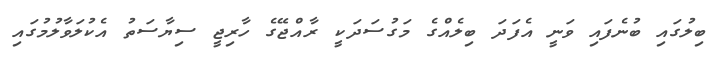
ބިލުގައި ބުނެފައި ވަނީ އެފަދަ ބިލެއްގެ މަގުސަދަކީ ރާއްޖޭގެ ހާރިޖީ ސިޔާސަތު އެކުލަވާލުމުގައި